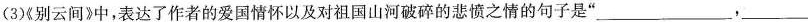
(3)《别云间》中，表达了作者的爱国情怀以及对祖国山河破碎的悲愤之情的句子是”___,___